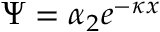
\Psi = \alpha _ { 2 } e ^ { - \kappa x }